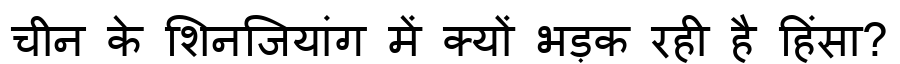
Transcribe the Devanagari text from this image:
चीन के शिनजियांग में क्यों भड़क रही है हिंसा?